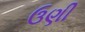
ઉણી